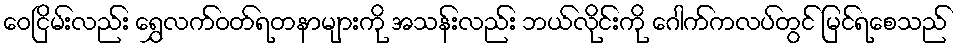
ဝေငြိမ်းလည်း ရွှေလက်ဝတ်ရတနာများကို အသန်းလည်း ဘယ်လိုင်းကို ဂေါက်ကလပ်တွင် မြင်ရစေသည်